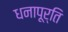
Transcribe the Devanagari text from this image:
धनापूर्ति